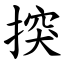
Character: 揬